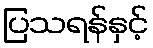
ပြသရန်နှင့်